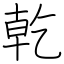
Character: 乾